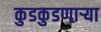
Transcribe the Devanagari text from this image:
कुडकुडणाऱ्या